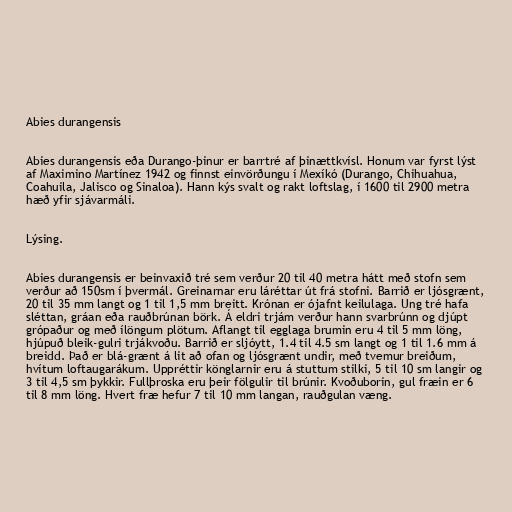
Abies durangensis

Abies durangensis eða Durango-þinur er barrtré af þinættkvísl. Honum var fyrst lýst
af Maximino Martínez 1942 og finnst einvörðungu í Mexíkó (Durango, Chihuahua,
Coahuila, Jalisco og Sinaloa). Hann kýs svalt og rakt loftslag, í 1600 til 2900 metra
hæð yfir sjávarmáli.

Lýsing.

Abies durangensis er beinvaxið tré sem verður 20 til 40 metra hátt með stofn sem
verður að 150sm í þvermál. Greinarnar eru láréttar út frá stofni. Barrið er ljósgrænt,
20 til 35 mm langt og 1 til 1,5 mm breitt. Krónan er ójafnt keilulaga. Ung tré hafa
sléttan, gráan eða rauðbrúnan börk. Á eldri trjám verður hann svarbrúnn og djúpt
grópaður og með ílöngum plötum. Aflangt til egglaga brumin eru 4 til 5 mm löng,
hjúpuð bleik-gulri trjákvoðu. Barrið er sljóytt, 1.4 til 4.5 sm langt og 1 til 1.6 mm á
breidd. Það er blá-grænt á lit að ofan og ljósgrænt undir, með tvemur breiðum,
hvítum loftaugarákum. Uppréttir könglarnir eru á stuttum stilki, 5 til 10 sm langir og
3 til 4,5 sm þykkir. Fullþroska eru þeir fölgulir til brúnir. Kvoðuborin, gul fræin er 6
til 8 mm löng. Hvert fræ hefur 7 til 10 mm langan, rauðgulan væng.